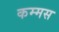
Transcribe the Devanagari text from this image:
कम्मस